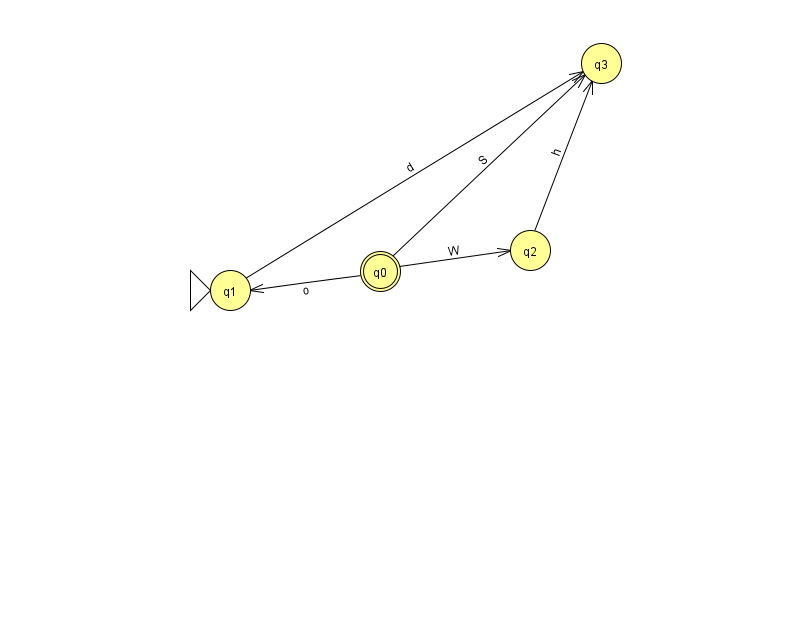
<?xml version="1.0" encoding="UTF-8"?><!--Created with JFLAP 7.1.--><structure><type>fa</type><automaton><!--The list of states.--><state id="0" name="q0"><x>380.0</x><y>258.0</y><final/></state><state id="1" name="q1"><x>230.0</x><y>277.0</y><initial/></state><state id="2" name="q2"><x>530.0</x><y>237.0</y></state><state id="3" name="q3"><x>601.0</x><y>50.0</y></state><!--The list of transitions.--><transition><from>2</from><to>3</to><read>h</read></transition><transition><from>0</from><to>2</to><read>W</read></transition><transition><from>0</from><to>3</to><read>S</read></transition><transition><from>1</from><to>3</to><read>d</read></transition><transition><from>0</from><to>1</to><read>o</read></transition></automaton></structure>